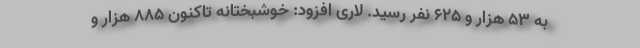
به ۵۳ هزار و ۶۲۵ نفر رسید. لاری افزود: خوشبختانه تاکنون ۸۸۵ هزار و